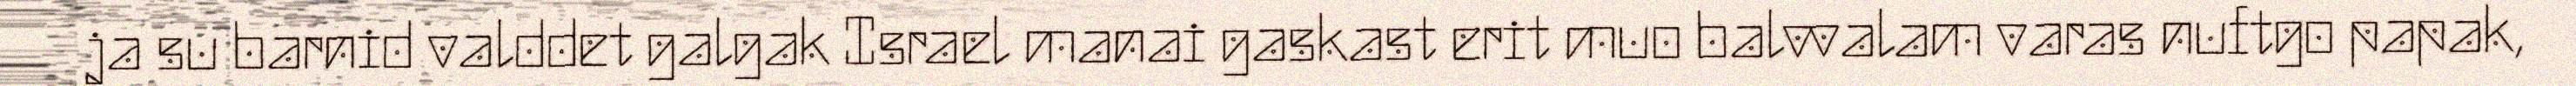
ja su barnid valddet galgak Israel manai gaskast erit muo balvvalam varas nuftgo papak,